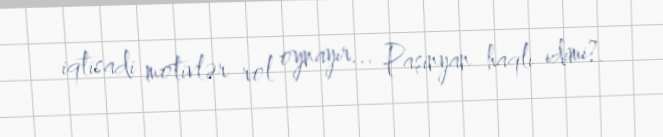
iqtisadi motivlər rol oynayır... Paşinyan haqlı idimi?.